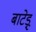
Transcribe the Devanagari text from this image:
बाटेड़ू